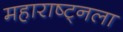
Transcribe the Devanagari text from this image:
महाराष्ट्नला